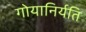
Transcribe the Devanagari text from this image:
गोयानिर्यति